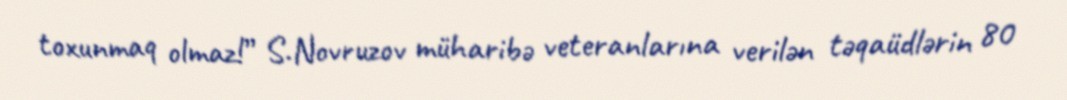
toxunmaq olmaz!” S.Novruzov müharibə veteranlarına verilən təqaüdlərin 80